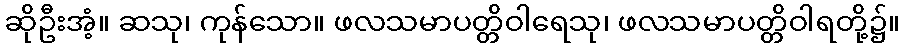
ဆိုဦးအံ့။ ဆသု၊ ကုန်သော။ ဖလသမာပတ္တိဝါရေသု၊ ဖလသမာပတ္တိဝါရတို့၌။